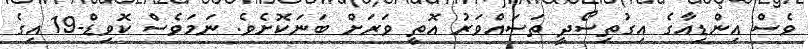
ވެސް އިންޑިއާގެ އިގުތިސޯދީ ތަސައްވަރު އޮތީ ވަރަށް ބަނަކޮށެވެ. ނަމަވެސް ކޮވިޑް-19 އިގެ